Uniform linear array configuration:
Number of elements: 24
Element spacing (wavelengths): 0.75
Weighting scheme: binomial
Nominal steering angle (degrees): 0
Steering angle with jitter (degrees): -0.359
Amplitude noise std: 0.05
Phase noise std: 0.05

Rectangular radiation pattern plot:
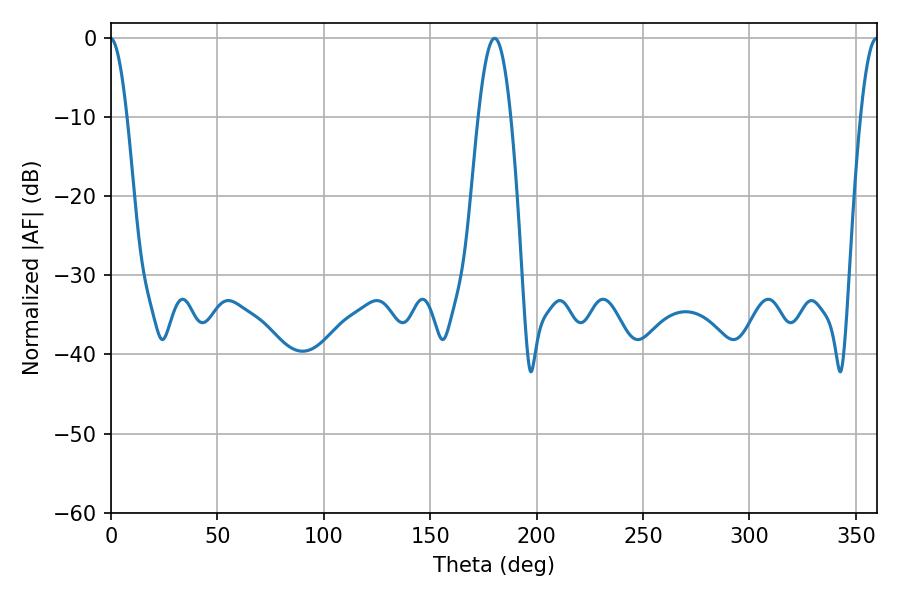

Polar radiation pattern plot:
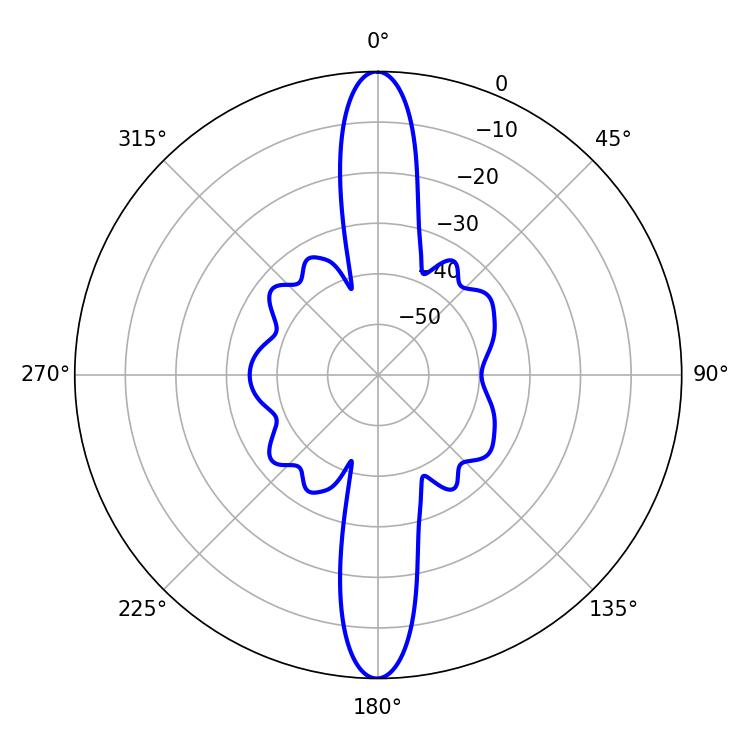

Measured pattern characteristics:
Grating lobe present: TRUE
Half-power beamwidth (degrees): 8.28
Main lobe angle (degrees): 180.18